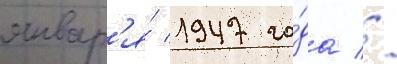
январ'я́ 1947 го́да //